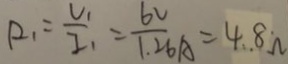
R _ { 1 } = \frac { V _ { 1 } } { I _ { 1 } } = \frac { 6 V } { 1 . 2 6 A } = 4 . 8 \Omega